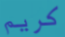
كريم